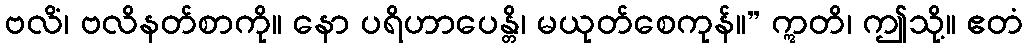
ဗလိံ၊ ဗလိနတ်စာကို။ နော ပရိဟာပေန္တိ၊ မယုတ်စေကုန်။” ဣတိ၊ ဤသို့။ ဧတံ